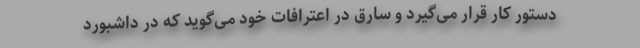
دستور کار قرار می‌گیرد و سارق در اعترافات خود می‌گوید که در داشبورد